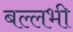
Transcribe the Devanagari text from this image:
बल्लभी